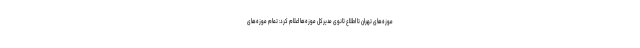
موزه‌های تهران تا اطلاع ثانوی مدیرکل موزه‌ها اعلام کرد: تمام موزه‌های